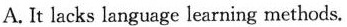
A. It lacks language learning methods.